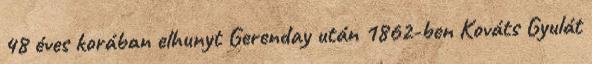
48 éves korában elhunyt Gerenday után 1862-ben Kováts Gyulát